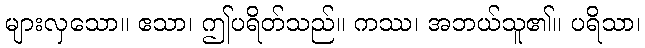
များလှသော။ ဧသာ၊ ဤပရိတ်သည်။ ကဿ၊ အဘယ်သူ၏။ ပရိသာ၊